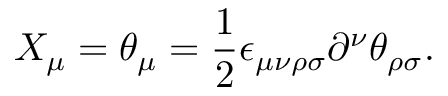
X _ { \mu } = \theta _ { \mu } = \frac { 1 } { 2 } \epsilon _ { \mu \nu \rho \sigma } \partial ^ { \nu } \theta _ { \rho \sigma } .